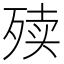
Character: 㱩